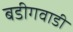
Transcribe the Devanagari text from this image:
बडीगवाडी